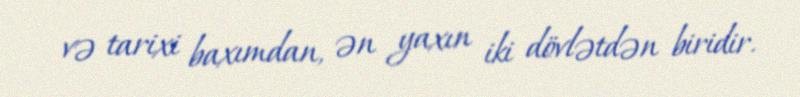
və tarixi baxımdan, ən yaxın iki dövlətdən biridir.